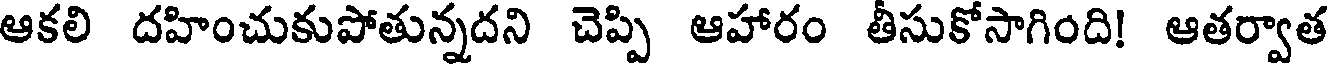
ఆకలి దహించుకుపోతున్నదని చెప్పి ఆహారం తీసుకోసాగింది! ఆతర్వాత